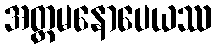
အတ္တမနောပေယဿ